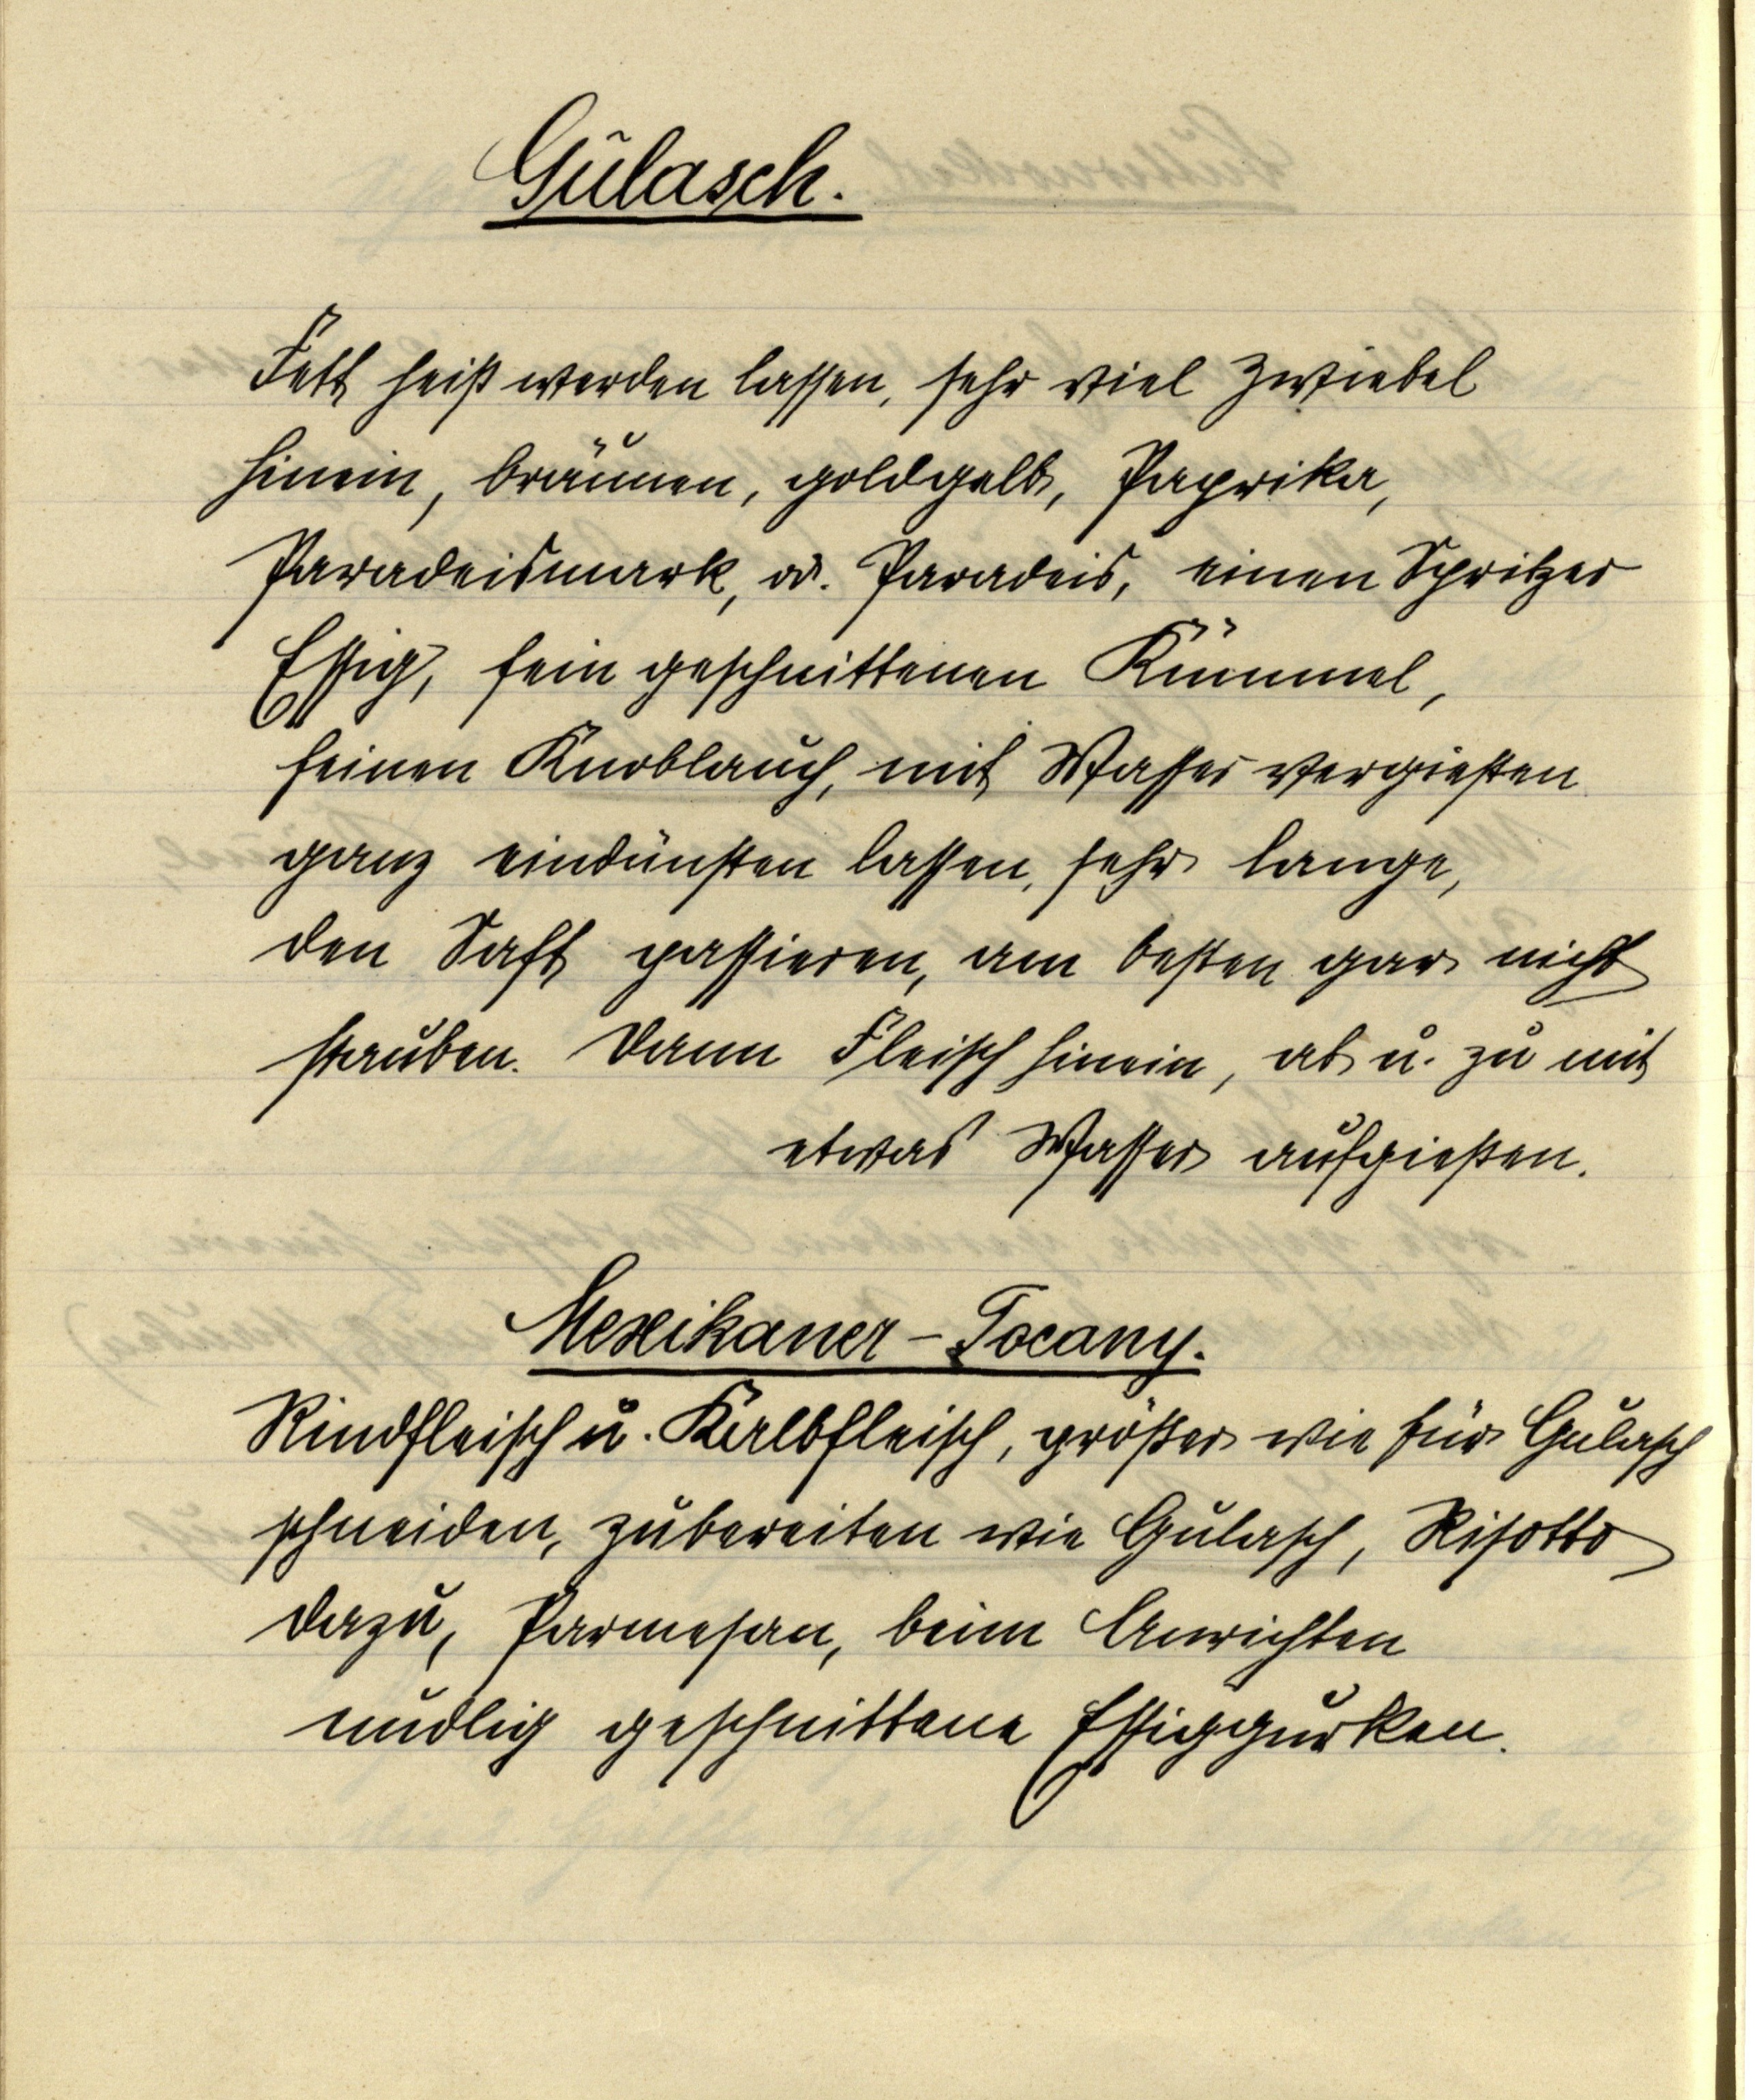
Gulasch.

Fett heiß werden lassen, sehr viel Zwiebel
hinein, bräunen, goldgelb, Paprika,
Paradeismark, od. Paradeis, einen Spritzer
Essig, fein geschnittenen Kümmel,
feinen Knoblauch, mit Wasser vergießen
ganz eindünsten lassen, sehr lange,
den Saft passieren, am besten gar nicht
stauben. Dann Fleisch hinein, ab u. zu mit
etwas Wasser aufgießen.

Mexikaner-Tocany.
Rindfleisch u. Kalbfleisch, größer wie für Gulasch
schneiden, zubereiten wie Gulasch, Risotto
dazu, Parmesan, beim Anrichten
nudlig geschnittene Essiggurken.